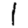
Digit: 1